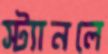
স্ট্যানলে